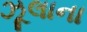
ઝૂલાના